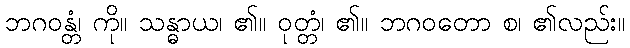
ဘဂဝန္တံ၊ ကို။ သန္ဓာယ၊ ၏။ ဝုတ္တံ၊ ၏။ ဘဂဝတော စ၊ ၏လည်း။